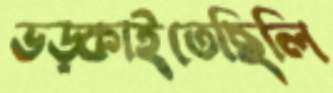
ভড়্‌কাইতেছিলি